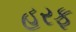
હરફ